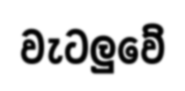
වැටලුවේ